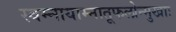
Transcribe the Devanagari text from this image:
स्वम्नायाम्नातूफलोन्मुखाः